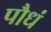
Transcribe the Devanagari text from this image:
पौधं